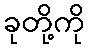
ခုတို့ကို